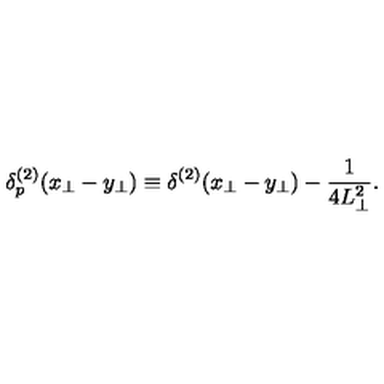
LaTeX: \delta _ { p } ^ { ( 2 ) } ( x _ { \perp } - y _ { \perp } ) \equiv \delta ^ { ( 2 ) } ( x _ { \perp } - y _ { \perp } ) - { \frac { 1 } { 4 L _ { \perp } ^ { 2 } } } .